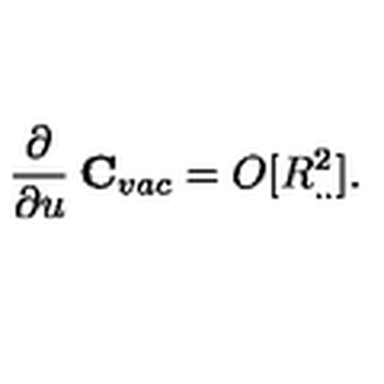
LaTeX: \frac { \partial } { \partial u } \: { \bf C } _ { v a c } = O [ R _ { . . } ^ { 2 } ] .